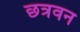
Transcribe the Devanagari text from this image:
छत्रवन